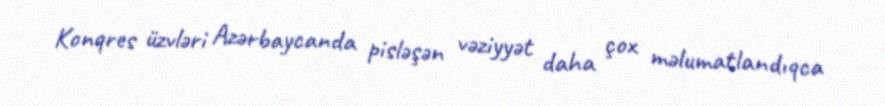
Konqres üzvləri Azərbaycanda pisləşən vəziyyət daha çox məlumatlandıqca